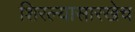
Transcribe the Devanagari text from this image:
शिरल्यासारखेच